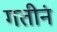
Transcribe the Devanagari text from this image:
गतीनं